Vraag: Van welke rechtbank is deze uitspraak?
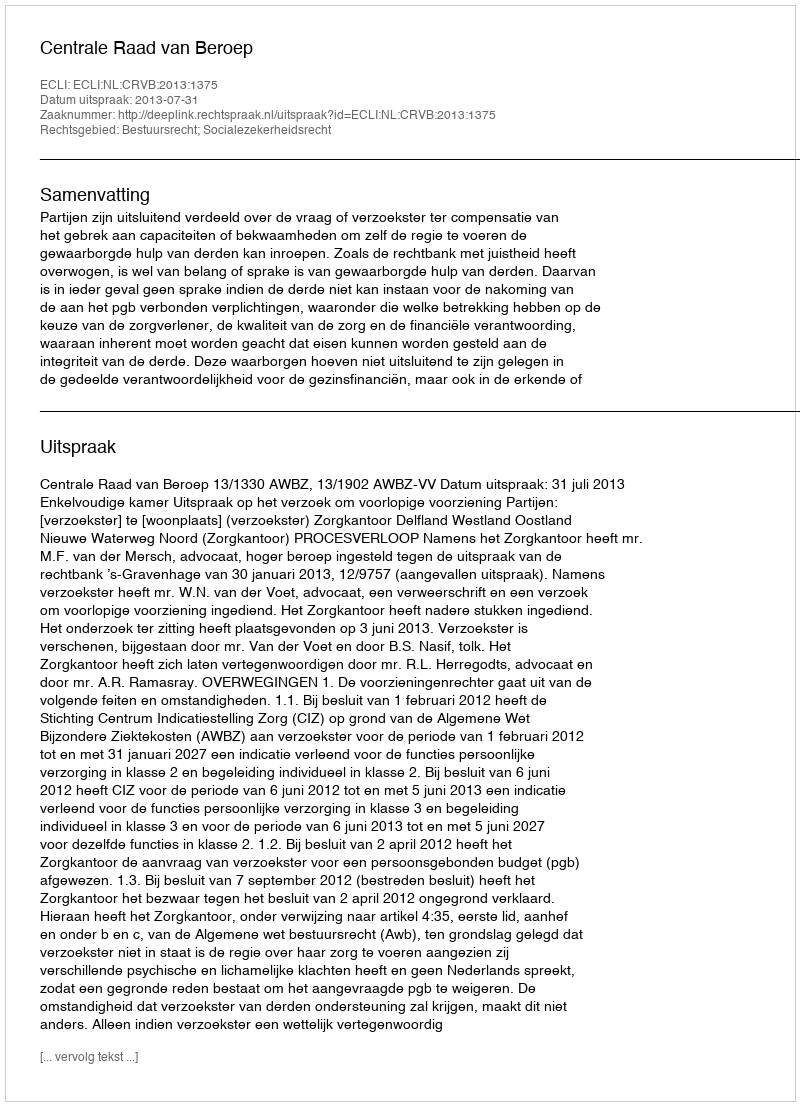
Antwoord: Centrale Raad van Beroep